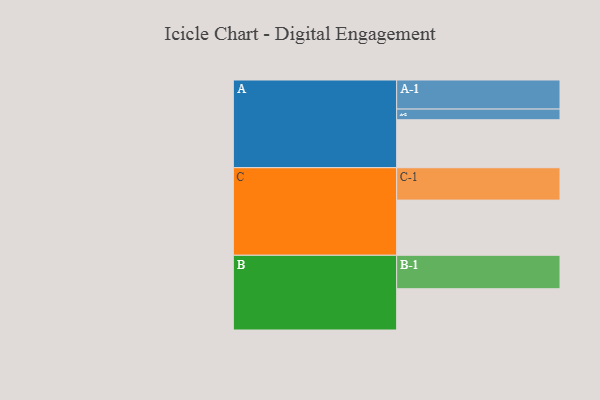
{"axis": {"x": "Segment", "y": "Value"}, "legend": ["", "A", "B", "C"], "data": [{"x": "A", "y": 373, "type": ""}, {"x": "B", "y": 321, "type": ""}, {"x": "C", "y": 429, "type": ""}, {"x": "A-1", "y": 226, "type": "A"}, {"x": "A-2", "y": 83, "type": "A"}, {"x": "B-1", "y": 260, "type": "B"}, {"x": "C-1", "y": 252, "type": "C"}]}